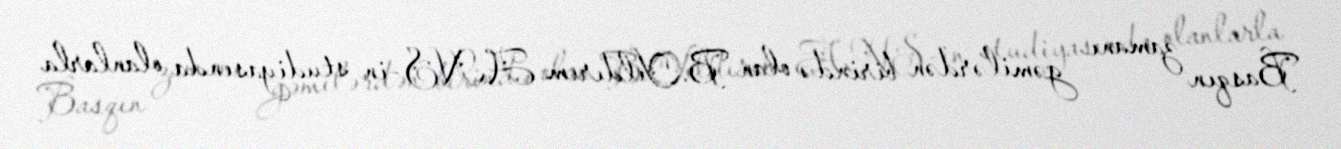
Basqın zamanı gəmilərdən birində olan B.Yıldırım ANS-in studiyasında olanlarla